Report on lock hospitals in British Burma
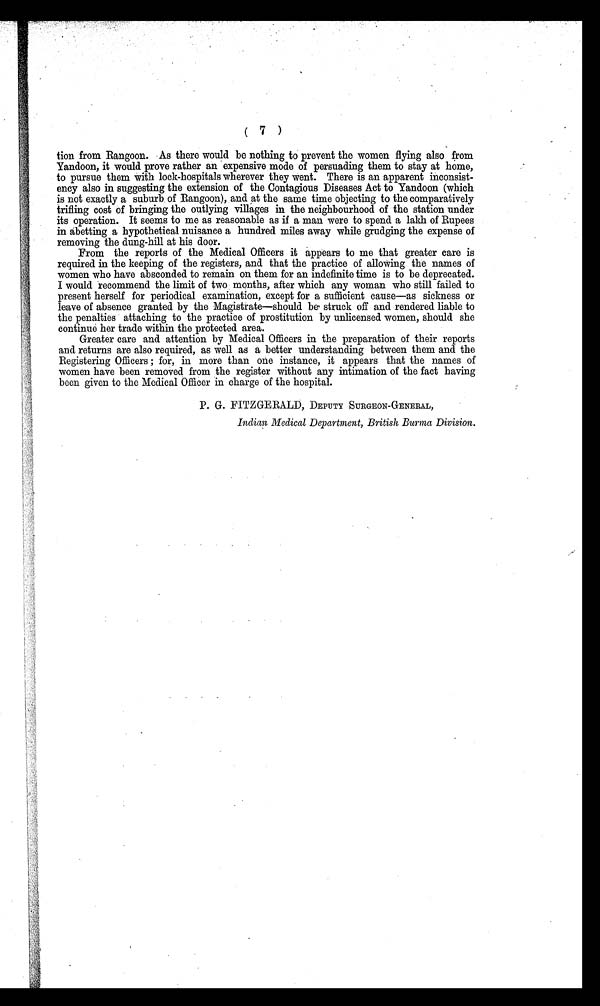
( 7 )
tion from Rangoon. As there would be nothing to prevent the women flying also from
Yandoon, it would prove rather an expensive mode of persuading them to stay at home,
to pursue them with lock-hospitals wherever they went. There is an apparent inconsist-
ency also in suggesting the extension of the Contagious Diseases Act to Yandoon (which
is not exactly a suburb of Rangoon), and at the same time objecting to the comparatively
trifling cost of bringing the outlying villages in the neighbourhood of the station under
its operation. It seems to me as reasonable as if a man were to spend a lakh of Rupees
in abetting a hypothetical nuisance a hundred miles away while grudging the expense of
removing the dung-hill at his door.
From the reports of the Medical Officers it appears to me that greater care is
required in the keeping of the registers, and that the practice of allowing the names of
women who have absconded to remain on them for an indefinite time is to be deprecated.
I would recommend the limit of two months, after which any woman who still failed to
present herself for periodical examination, except for a sufficient cause—as sickness or
leave of absence granted by the Magistrate—should be struck off and rendered liable to
the penalties attaching to the practice of prostitution by unlicensed women, should she
continue her trade within the protected area.
Greater care and attention by Medical Officers in the preparation of their reports
and returns are also required, as well as a better understanding between them and the
Registering Officers ; for, in more than one instance, it appears that the names of
women have been removed from the register without any intimation of the fact having
been given to the Medical Officer in charge of the hospital.
P. G. FITZGERALD, DEPUTY SURGEON-GENERAL,
Indian Medical Department, British Burma Division.